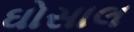
ઘોસાલ